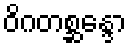
ဝိဂတစ္ဆန္ဒော